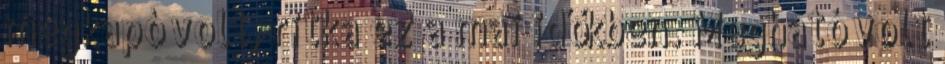
megkapó volt, ritka ez a mai időkben. Megható volt